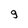
Character: g